Report on enteric fever
Disease focus: Fever
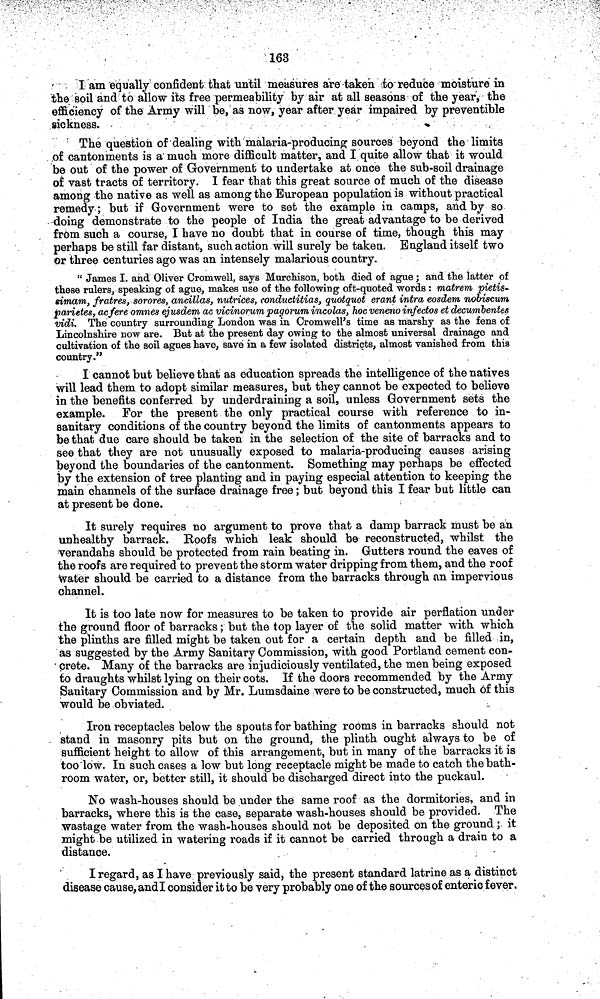
163
I am equally confident that until measures are taken to reduce moisture in
the soil and to allow its free permeability by air at all seasons of the year, the
efficiency of the Army will be, as now, year after year impaired by preventible
sickness.
The question of dealing with malaria-producing sources beyond the limits
of cantonments is a much more difficult matter, and I quite allow that it would
be out of the power of Government to undertake at once the sub-soil drainage
of vast tracts of territory. I fear that this great source of much of the disease
among the native as well as among the European population is without practical
remedy; but if Government were to set the example in camps, and by so
doing demonstrate to the people of India the great advantage to be derived
from such a course, I have no doubt that in course of time, though this may
perhaps be still far distant, such action will surely be taken. England itself two
Or three centuries ago was an intensely malarious country.
" James I. and Oliver Cromwell, says Murchison, both died of ague; and the latter of
these rulers, speaking of ague, makes use of the following oft-quoted words : matrem pietis-
sitnam, fratres, sorores, ancillas, nutrices, conductitias, quotquot erant intra eosdem nobiscum
parietes, acfere omnes ejusdem ac vicinorum pagorum incolas, hocvenenoinfectos et decutnbentes
vidi. The country surrounding London was in Cromwell's time as marshy as the fens of
Lincolnshire now are. But at the present day owing to the almost universal drainage and
cultivation of the soil agues have, save in a few isolated districts, almost vanished from this
country."
I cannot but believe that as education spreads the intelligence of the natives
will lead them to adopt similar measures, but they cannot be expected to believe
in the benefits conferred by under draining a soil, unless Government sets the
example. For the present the only practical course with reference to in-
sanitary conditions of the country beyond the limits of cantonments appears to
be that due care should be taken in the selection of the site of barracks and to
see that they are not unusually exposed to malaria-producing causes arising
beyond the boundaries of the cantonment. Something may perhaps be effected
by the extension of tree planting and in paying especial attention to keeping the
main channels of the surface drainage free; but beyond this I fear but little can
at present be done.
It surely requires no argument to prove that a damp barrack must be an
unhealthy barrack. Roofs which leak should be reconstructed, whilst the
verandahs should be protected from rain beating in. Gutters round the eaves of
the roofs are required to prevent the storm water dripping from them, and the roof
water should be carried to a distance from the barracks through an impervious
channel.
It is too late now for measures to be taken to provide air perflation under
the ground floor of barracks; but the top layer of the solid matter with which
the plinths are filled might be taken out for a certain depth and be filled in,
as suggested by the Army Sanitary Commission, with good Portland cement con-
crete. Many of the barracks are injudiciously ventilated, the men being exposed
to draughts whilst lying on their cots. If the doors recommended by the Army
Sanitary Commission and by Mr. Lumsdaine were to be constructed, much 6f this
would be obviated.
Iron receptacles below the spouts for bathing rooms in barracks should not
stand in masonry pits but on the ground, the plinth ought always to be of
sufficient height to allow of this arrangement, but in many of the barracks it is
too low. In such cases a low but long receptacle might be made to catch the bath-
room water, or, better still, it should be discharged direct into the puckaul.
No wash-houses should be under the same roof as the dormitories, and in
barracks, where this is the case, separate wash-houses should be provided. The
wastage water from the wash-houses should not be deposited on the ground; it
might be utilized in watering roads if it cannot be carried through a drain to a
distance.
I regard, as I have previously said, the present standard latrine as a distinct
disease cause, and I consider it to be very probably one of the sources of enteric fever.